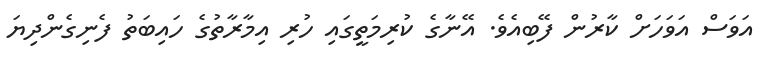
އަވަސް އަވަހަށް ކާރުން ފޭބިއެވެ. އޭނާގެ ކުރިމަތީގައި ހުރި އިމާރާތުގެ ހައިބަތު ފެނިގެންދިޔަ